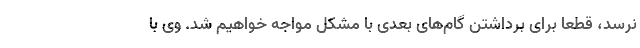
نرسد، قطعا برای برداشتن گام‌های بعدی با مشکل مواجه خواهیم شد. وی با